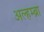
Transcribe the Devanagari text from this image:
अल्हम्ब्रा